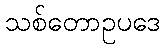
သစ်တောဥပဒေ